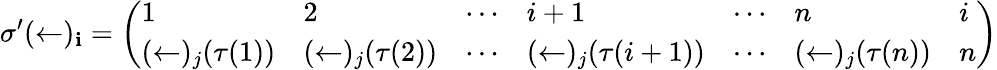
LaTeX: \sigma^{\prime}(\leftarrow)_{\mathbf{i}}={\left(\begin{array}{lllllll}{1}&{2}&{\cdots}&{i+1}&{\cdots}&{n}&{i}\\ {(\leftarrow)_{j}(\tau(1))}&{(\leftarrow)_{j}(\tau(2))}&{\cdots}&{(\leftarrow)_{j}(\tau(i+1))}&{\cdots}&{(\leftarrow)_{j}(\tau(n))}&{n}\end{array}\right)}